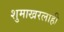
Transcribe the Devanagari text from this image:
शुमाखरलाही